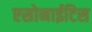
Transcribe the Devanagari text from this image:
एसोनाईटिस